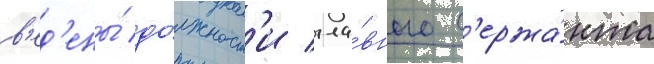
в'ед'ены́ до́лжност'и гла́вного с'ержа́нта